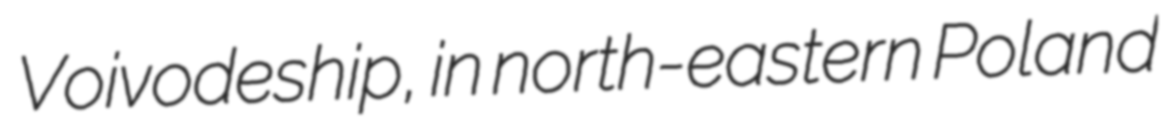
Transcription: Voivodeship, in north-eastern Poland